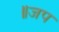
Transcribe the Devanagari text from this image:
॥जप